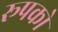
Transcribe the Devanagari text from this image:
रूपको